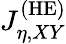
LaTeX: J_{\eta,XY}^{\mathrm{(HE)}}